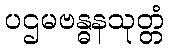
ပဌမဗန္ဓနသုတ္တံ